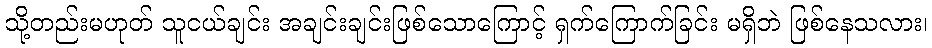
သို့တည်းမဟုတ် သူငယ်ချင်း အချင်းချင်းဖြစ်သောကြောင့် ရှက်ကြောက်ခြင်း မရှိဘဲ ဖြစ်နေသလား၊